Vital statistics of India. Vol. IV, Annual returns from 1871 to 1876. British Army of India, Native Army and jails of Bengal
Year: 1871
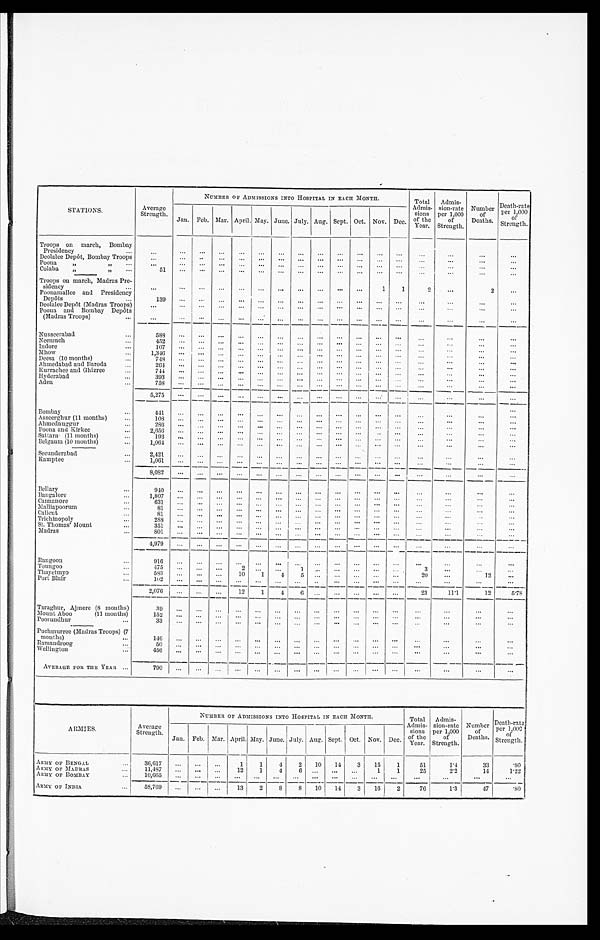
STATIONS.
Averag
Strength.
NUMBER OF ADMISSIONS INTO HOSPITAL IN EACH MONTH.
Total
Admis
sions of the
year.
Admi
s s i o n - r a t e
per 1,000
of
Strength.
Number
of
Deaths.
Death-rate
Per 1,000
of
Strength.
Jan. Feb. Mar. April. May. June. July. Aug. Sep. Oct. Nov. Dec.
Troops on march,
Bombay
Presidency . . .
. . . . . .
. . .
. . .
. . .
. . .
. . .
. . .
. . .
. . .
. . .
. . .
. . .
. . .
. . .
. . .
. . .
Deolalee Depôt, Bombay Troops
. . .
. . .
. . .
. . .
. . .
. . .
. . .
. . .
. . .
. . .
. . .
. . .
. . .
. . .
. . .
. . .
. . .
Poona " " . . .
. . . . . .
. . .
. . .
. . .
. . .
. . .
. . .
. . .
. . .
. . .
. . .
. . .
. . .
. . .
. . .
. . .
Colaba " " . . .
5 1
. . .
. . .
. . .
. . .
. . .
. . .
. . .
. . .
. . .
. . .
. . .
. . .
. . .
. . .
. . .
. . .
Troops on march, Madras Pre
-sidency . . .
. . .
. . . . . .
. . .
. . .
. . .
. . .
. . .
. . .
. . .
. . .
1
1
2
. . .
2
. . .
Poonamallee and Presidency
Depôts . . .
1 3 9
. . . . . .
. . .
. . .
. . .
. . .
. . .
. . .
. . .
. . .
. . .
. . .
. . .
. . .
. . .
. . .
Deolalee Depôt (Madras Troops)
. . . . . .
. . .
. . .
. . .
. . .
. . .
. . .
. . .
. . .
. . .
. . . . . .
. . .
. . .
. . .
. . .
Poona and Bombay Depôts
(Madras Troops) . . .
. . . . . .
. . .
. . .
. . .
. . .
. . .
. . .
. . .
. . .
. . .
. . .
. . .
. . .
. . .
. . .
. . .
Nusseerabad . . .
588
. . .
. . .
. . .
. . .
. . .
. . .
. . .
. . .
. . .
. . .
. . .
. . .
. . .
. . .
. . .
. . .
Neemuch . . .
4 5 2
. . . . . .
. . .
. . .
. . .
. . .
. . .
. . .
. . .
. . .
. . .
. . .
. . .
. . .
. . .
. . .
Indore . . .
107
. . . . . .
. . .
. . .
. . .
. . .
. . .
. . .
. . .
. . .
. . .
. . .
. . .
. . .
. . .
. . .
Mhow . . .
1,346
. . .
. . .
. . .
. . .
. . .
. . .
. . .
. . .
. . .
. . .
. . .
. . .
. . .
. . .
. . .
. . .
Deesa (10 months) . . .
748
. . .
. . .
. . .
. . .
. . .
. . .
. . .
. . .
. . .
. . .
. . .
. . .
. . .
. . .
. . .
. . .
Ahmedabad and Baroda . . .
2 6 4
. . . . . .
. . .
. . .
. . .
. . .
. . .
. . .
. . .
. . .
. . . . . .
. . .
. . .
. . .
. . .
Kurrachee and Ghizree . . .
744
. . .
. . .
. . .
. . .
. . .
. . .
. . .
. . .
. . .
. . .
. . .
. . .
. . .
. . .
. . .
. . .
393
Hyderabad . . .
. . .
. . .
. . .
. . .
. . .
. . .
. . .
. . .
. . .
. . .
. . . . . .
. . .
. . .
. . .
. . .
Aden . . .
758
. . .
. . .
. . .
. . .
. . .
. . .
. . .
. . .
. . .
. . .
. . .
. . .
. . .
. . .
. . .
. . .
5,275
. . .
. . .
. . .
. . .
. . .
. . .
. . .
. . .
. . .
. . .
. . .
. . .
. . .
. . .
. . .
. . .
Bombay . . .
441
. . .
. . .
. . .
. . .
. . .
. . .
. . .
. . .
. . .
. . .
. . .
. . .
. . .
. . .
. . .
. . .
Asseerghur (11 months) . . .
108
. . .
. . .
. . .
. . .
. . .
. . .
. . .
. . .
. . .
. . .
. . . . . .
. . .
. . .
. . .
. . .
Ahmednuggur . . .
286
. . .
. . .
. . .
. . .
. . .
. . .
. . .
. . .
. . .
. . .
. . . . . .
. . .
. . .
. . .
. . .
Poona and Kirkee . . .
2,656
. . .
. . .
. . .
. . .
. . .
. . .
. . .
. . .
. . .
. . .
. . .
. . .
. . .
. . .
. . .
. . .
Sattara (11 months) . . .
193
. . .
. . .
. . .
. . .
. . .
. . .
. . .
. . .
. . .
. . .
. . .
. . .
. . .
. . .
. . .
. . .
Belgaum (10 months) . . .
1,064
. . .
. . .
. . .
. . .
. . .
. . .
. . .
. . .
. . .
. . .
. . .
. . .
. . .
. . .
. . .
. . .
Secunderabad . . .
2,421
. . .
. . .
. . .
. . .
. . .
. . .
. . .
. . .
. . .
. . .
. . .
. . .
. . .
. . .
. . .
. . .
Kamptee . . .
1,061
. . .
. . .
. . .
. . .
. . .
. . .
. . .
. . .
. . .
. . .
. . .
. . .
. . .
. . .
. . .
. . .
8 , 0 8 2
. . . . . .
. . .
. . .
. . .
. . . . . .
. . .
. . .
. . .
. . .
. . .
. . .
. . .
. . .
. . .
Bellary . . .
9 4 0
. . . . . .
. . .
. . .
. . . . . .
. . .
. . .
. . .
. . .
. . .. . .
. . .
. . .
. . .
. . .
Bangalore . . .
1,807
. . .
. . .
. . .
. . .
. . .
. . .
. . .
. . .
. . .
. . .
. . .
. . .
. . .
. . .
. . .
. . .
Cannanore . . .
631
. . .
. . .
. . .
. . .
. . .
. . .
. . .
. . .
. . .
. . .
. . .
. . .
. . .
. . .
. . .
. . .
Malliapoorum . . .
81
. . .
. . .
. . .
. . .
. . .
. . .
. . .
. . .
. . .
. . .
. . .
. . .
. . .
. . .
. . .
. . .
Calicut . . .
81
. . .
. . .
. . .
. . .
. . .
. . .
. . .
. . .
. . .
. . .
. . .
. . .
. . .
. . .
. . .
. . .
Trichinopoly . . .
288
. . . . . .
. . .
. . .
. . .
. . .
. . .
. . .
. . .
. . .
. . .
. . .
. . .
. . .
. . .
. . .
St. Thomas' Mount . . .
351
. . .
. . .
. . .
. . .
. . .
. . .
. . .
. . .
. . .
. . .
. . .
. . .
. . .
. . .
. . .
. . .
Madras . . .
8 0 1
. . .
. . .
. . .
. . .
. . .
. . .
. . .
. . .
. . .
. . .
. . .
. . .
. . .
. . .
. . .
. . .
4,979
. . .
. . .
. . .
. . .
. . .
. . .
. . .
. . .
. . .
. . .
. . .
. . .
. . .
. . .
. . .
. . .
Rangoon . . .
916
. . .
. . .
. . .
. . .
. . .
. . .
. . .
. . .
. . .
. . .
. . .
. . .
. . .
. . .
. . .
. . .
Toungoo . . .
475
. . . . . .
. . .
2
. . .
. . .
1
. . .
. . .
. . .
. . .
. . .
3
. . .
. . .
. . .
20
12
Thayetmyo
583
. . .
. . .
. . .
10
1
4
5 . . .
. . .
. . .
. . .
. . .
. . .
. . .
Port Blair . . .
1 0 2
. . .
. . .
. . .
. . .
. . .
. . .
. . .
. . .
. . .
. . .
. . .
. . .
. . .
. . .
. . .
. . .
2,076
. . .
. . .
. . .
12
1
4
6
. . .
. . .
. . .
. . .
. . .
23
11.1
12
5.78
Taraghur, Ajmere (8 months)
39
. . .
. . .
. . .
. . .
. . .
. . .
. . .
. . .
. . .
. . .
. . . . . . . . .
. . .
. . .
. . .
Mount Aboo
(11 months)
152
. . .
. . .
. . .
. . .
. . .
. . .
. . .
. . .
. . .
. . .
. . .
. . .
. . .
. . .
. . .
. . .
Poorundhur . . .
33
. . .
. . .
. . .
. . .
. . .
. . .
. . .
. . .
. . .
. . .
. . .
. . .
. . .
. . .
. . .
. . .
Puchmurree (Madras Troops) (7
months) . . .
146
. . .
. . .
. . .
. . .
. . .
. . .
. . .
. . .
. . .
. . .
. . .
. . .
. . .
. . .
. . .
. . .
Ramandroog . . .
50
. . .
. . .
. . .
. . .
. . .
. . .
. . .
. . .
. . .
. . .
. . .
. . .
. . .
. . .
. . .
. . .
Wellington . . .
4 5 6
. . . . . .
. . .
. . .
. . .
. . .
. . .
. . .
. . .
. . .
. . . . . .
. . .
. . .
. . .
. . .
AVERAGE FOR THE YEAR . . .
790
. . .
. . .
. . .
. . .
. . .
. . .
. . .
. . .
. . .
. . .
. . .
. . .
. . .
. . .
. . .
. . .
ARMIES.
Average
Strength.
NUMBER OF ADMISSIONS INTO HOSPITAL IN EACH MONTH.
Total
Admis
- s i o n s o f t h e y e a r .
Admis-sions-rate p e r 1 , 0 0 0 o f S t r e n g t h .
N u m b e r o f D e a t h s .
Death-rate
Per 1, 000
o f
Strength.
Jan. Feb. Mar. April. May. June. July. Aug. Sept. Oct. Nov. Dec.
ARMY OF BENGAL . . .
36,617
. . .
. . .
. . .
1
1
4
2
10
14
3
15
1
51
1.4
33
.90
ARMY OF MADRAS . . .
11,487
. . .
. . .
. . .
12
1
4
6
. . .
. . .
. . .
1
1
25
2.2
14
1.22
ARMY OF BOMBAY . . .
10,665
. . .
. . .
. . .
. . .
. . .
. . .
. . .
. . .
. . .
. . .
. . .
. . .
. . .
. . .
. . .
. . .
ARMY OF INDIA . . .
5 8 , 7 6 9 . . .
. . . . . .
13
2
8
8
1 0
14
3
16
2
76
1.3
4 7
.80